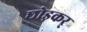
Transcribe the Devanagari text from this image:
छोड़कर्